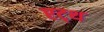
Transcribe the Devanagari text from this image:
एट्थ